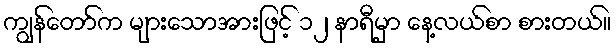
ကျွန်တော်က များသောအားဖြင့် ၁၂ နာရီမှာ နေ့လယ်စာ စားတယ်။